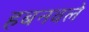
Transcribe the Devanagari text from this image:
हबनवले